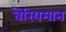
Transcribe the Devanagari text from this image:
बेरियमान